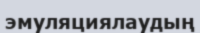
эмуляциялаудың